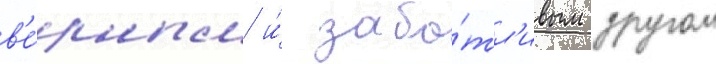
в'е́рным и́ забо́тл'ивым другом